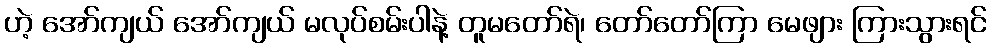
ဟဲ့ အော်ကျယ် အော်ကျယ် မလုပ်စမ်းပါနဲ့ တူမတော်ရဲ၊ တော်တော်ကြာ မေဖျား ကြားသွားရင်